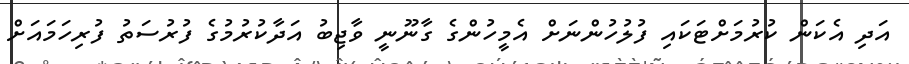
އަދި އެކަން ކުރުމަށްޓަކައި ފުލުހުންނަށް އެމީހުންގެ ގާނޫނީ ވާޖިބު އަދާކުރުމުގެ ފުރުސަތު ފުރިހަމައަށް